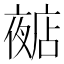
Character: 𱘩